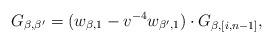
LaTeX: \begin{align*} G_{\beta,\beta'}=(w_{\beta,1}-v^{-4}w_{\beta',1})\cdot G_{\beta,[i,n-1]},\end{align*}